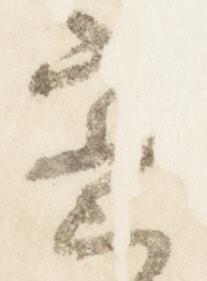
密